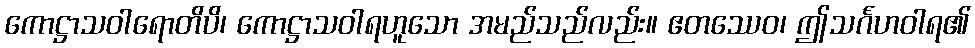
ကောဋ္ဌာသဝါရောတိပိ၊ ကောဋ္ဌာသဝါရဟူသော အမည်သည်လည်း။ ဧတဿေဝ၊ ဤသင်္ဂဟဝါရ၏